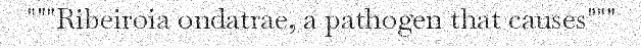
"""Ribeiroia ondatrae, a pathogen that causes"""